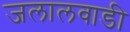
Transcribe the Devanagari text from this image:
जलालवाडी